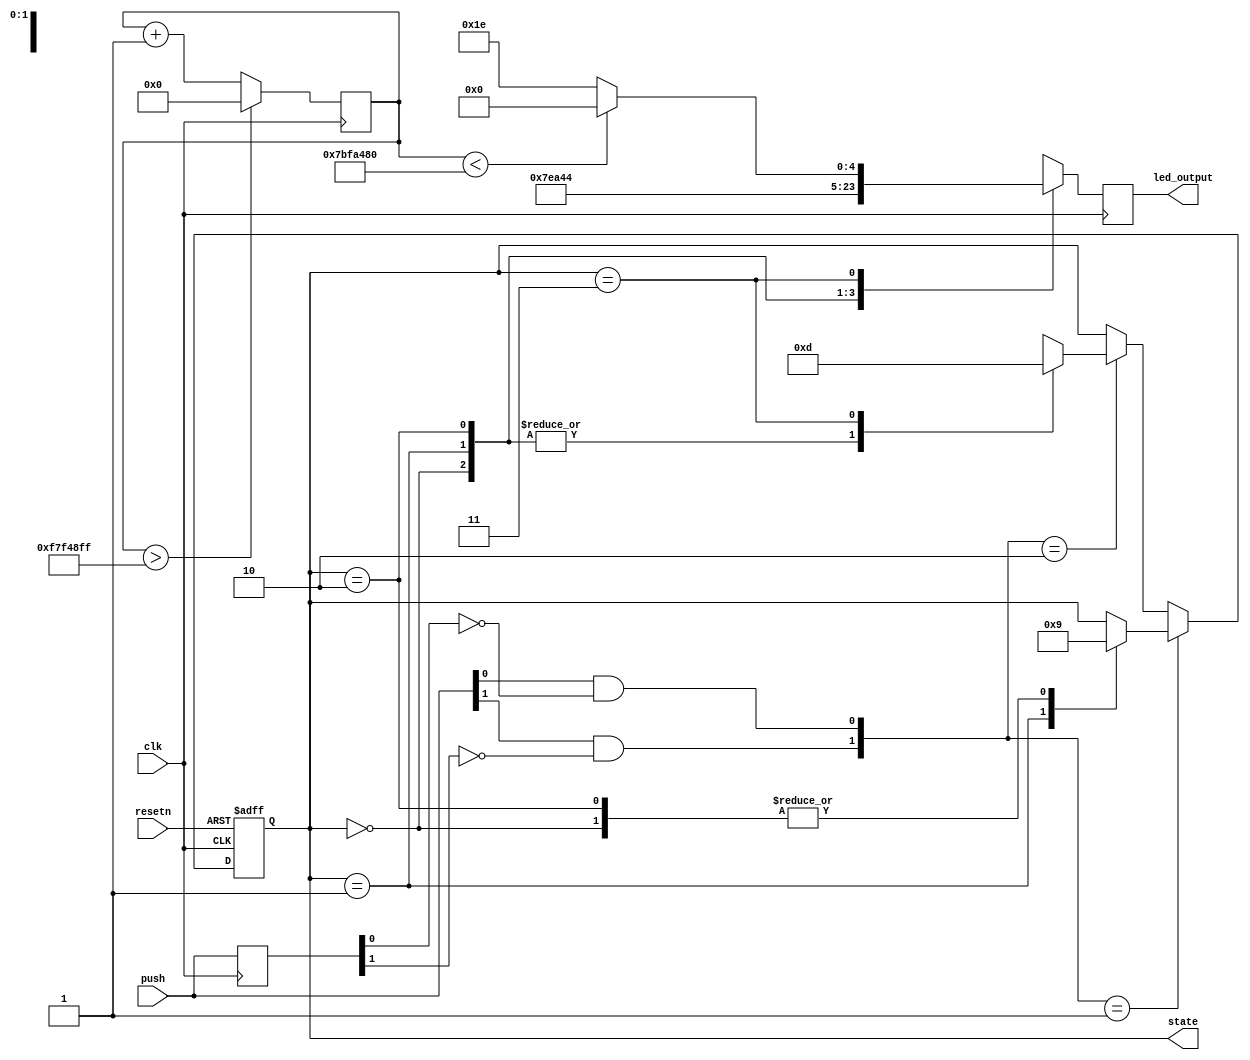
module rgb_fsm(
        input clk,
	input resetn,
	input [1:0] push,
	output reg [1:0] state,
	output reg [5:0] led_output
    );
    
        reg [1:0] push_reg;
        wire [1:0] push_button;
     
	parameter S0 = 2'b00;
	parameter S1 = 2'b01;
	parameter S2 = 2'b10;
	parameter S3 = 2'b11;
        reg [31:0] clkcnt=0;
        
        always @(posedge clk) begin
            push_reg <= push;
        end
        
        assign push_button[0] = push[0] & ~push_reg[0];
        assign push_button[1] = push[1] & ~push_reg[1];

    //State Transition
	always @(negedge resetn or posedge clk) begin
		if ( !resetn )
			state <= S0;
		else if ( push_button == 2'b01 ) begin
			case ( state )
				S0 : state <= S1;
				S1 : state <= S2;
				S2 : state <= S1;
				default : state <= state;
			endcase
		end
		else if ( push_button == 2'b10 ) begin
			case ( state )
			   	S0 : state <= S3;
			  	S1 : state <= S3;
			  	S2 : state <= S3;
			   	S3 : state <= S1;
				default : state <= state;
			endcase
		end
		else
			state <= state;
	end

	//Output Operation
	always @(posedge clk) begin
	    clkcnt <= clkcnt + 1;
	    if (clkcnt > 32'd130_000_000 * 2 - 1) begin
		clkcnt <= 0;
	    end
		case ( state )
	   S0 : led_output <= 6'b111_111;
	   S1 : led_output <= 6'b010_100;
	   S2 : led_output <= 6'b100_010;
	   S3 : begin
	       if (clkcnt < 32'd130_000_000) begin
		   led_output <= 6'd000_000;
	   end
	   else begin
	       led_output <= 6'd110_110;
	   end
       end
			default : led_output <= 6'b000000;
		endcase
	end
		
endmodule